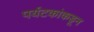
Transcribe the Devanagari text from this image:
पर्यटकांकडून